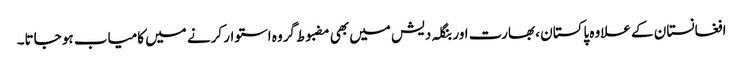
افغانستان کے علاوہ پاکستان ، بھارت اور بنگلہ دیش میں بھی مضبوط گروہ استوار کرنے میں کامیاب ہو جاتا۔